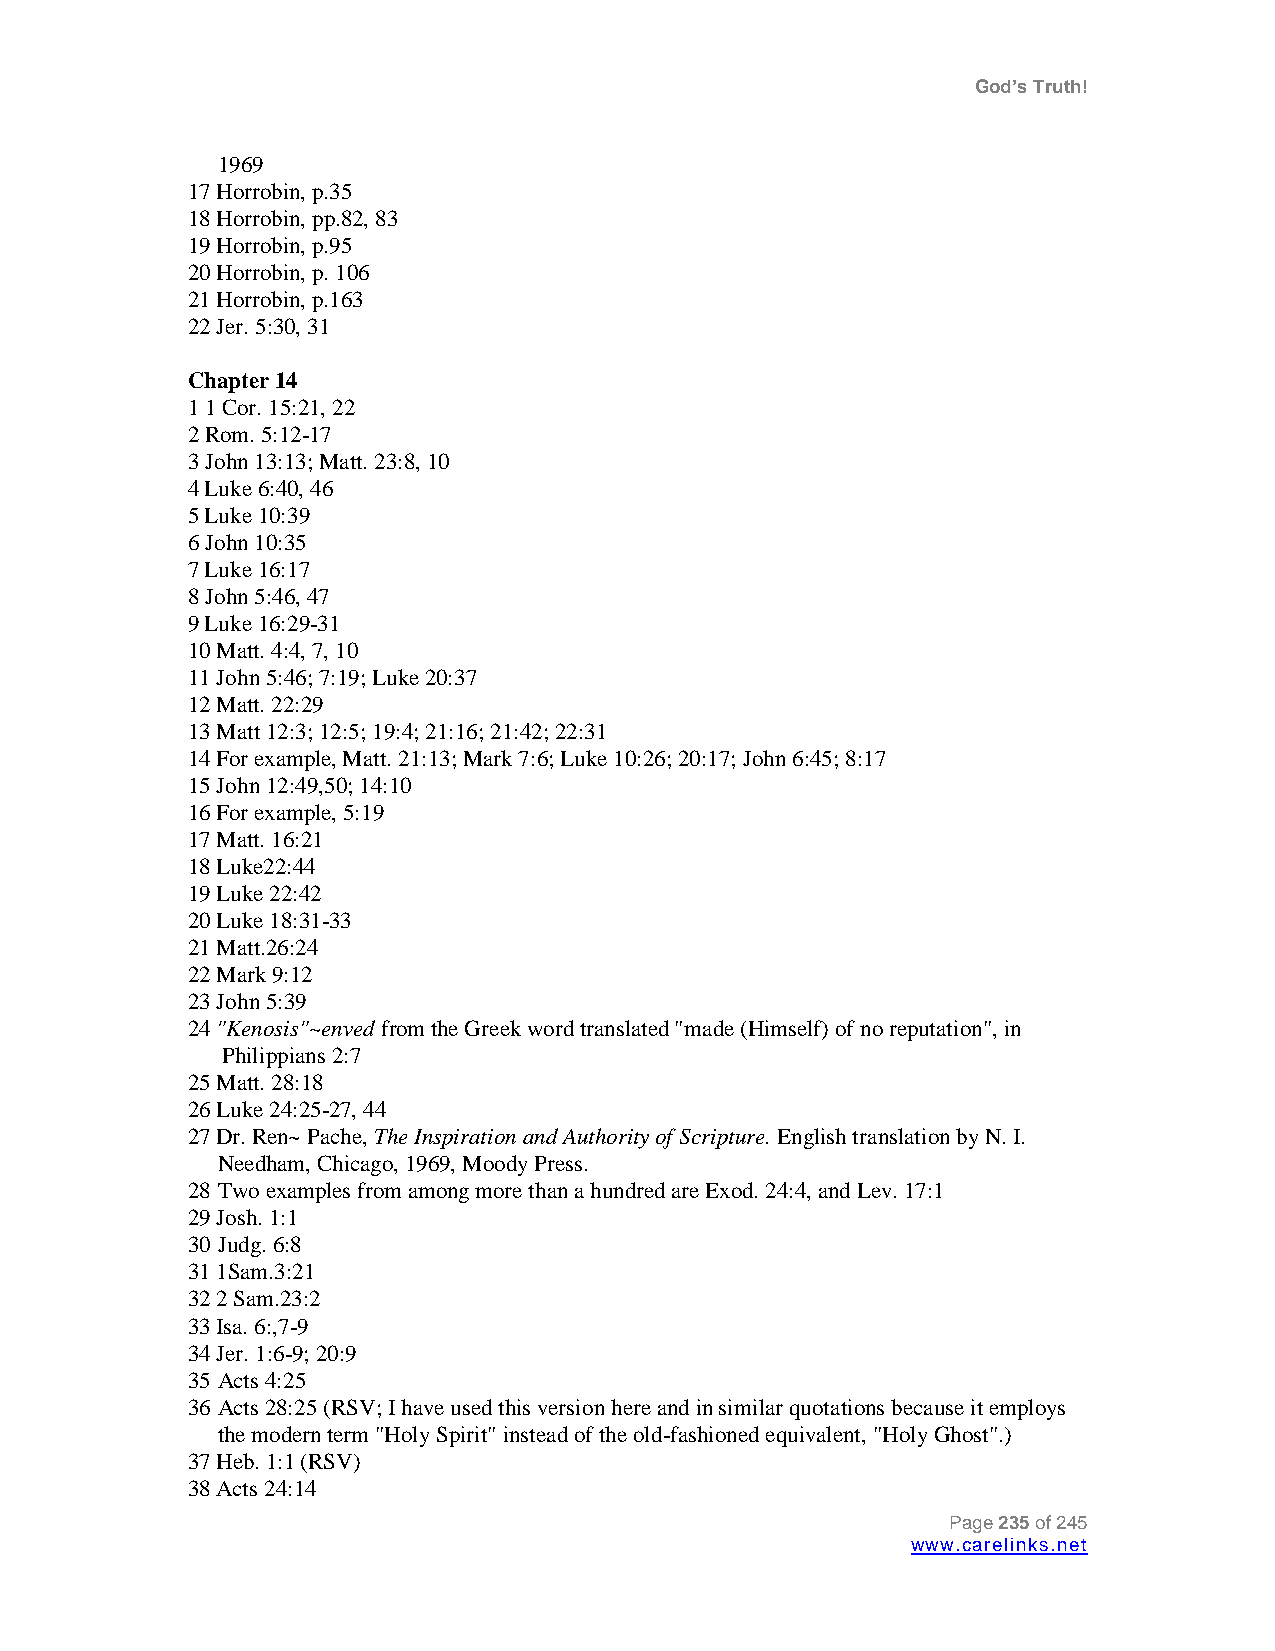
God’s Truth!
 1969
 17 Horrobin, p.35
 18 Horrobin, pp.82, 83
 19 Horrobin, p.95
 20 Horrobin, p. 106
 21 Horrobin, p.163
 22 Jer. 5:30, 31
 Chapter 14
 1 1 Cor. 15:21, 22
 2 Rom. 5:12-17
 3 John 13:13; Matt. 23:8, 10
 4 Luke 6:40, 46
 5 Luke 10:39
 6 John 10:35
 7 Luke 16:17
 8 John 5:46, 47
 9 Luke 16:29-31
 10 Matt. 4:4, 7, 10
 11 John 5:46; 7:19; Luke 20:37
 12 Matt. 22:29
 13 Matt 12:3; 12:5; 19:4; 21:16; 21:42; 22:31
 14 For example, Matt. 21:13; Mark 7:6; Luke 10:26; 20:17; John 6:45; 8:17
 15 John 12:49,50; 14:10
 16 For example, 5:19
 17 Matt. 16:21
 18 Luke22:44
 19 Luke 22:42
 20 Luke 18:31-33
 21 Matt.26:24
 22 Mark 9:12
 23 John 5:39
 24 "Kenosis"~enved from the Greek word translated "made (Himself) of no reputation", in
 Philippians 2:7
 25 Matt. 28:18
 26 Luke 24:25-27, 44
 27 Dr. Ren~ Pache, The Inspiration and Authority of Scripture. English translation by N. I.
 Needham, Chicago, 1969, Moody Press.
 28 Two examples from among more than a hundred are Exod. 24:4, and Lev. 17:1
 29 Josh. 1:1
 30 Judg. 6:8
 31 1Sam.3:21
 32 2 Sam.23:2
 33 Isa. 6:,7-9
 34 Jer. 1:6-9; 20:9
 35 Acts 4:25
 36 Acts 28:25 (RSV; I have used this version here and in similar quotations because it employs
 the modern term "Holy Spirit" instead of the old-fashioned equivalent, "Holy Ghost".)
 37 Heb. 1:1 (RSV)
 38 Acts 24:14
 Page 235 of 245
 www.carelinks.net